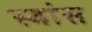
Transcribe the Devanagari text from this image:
स्वांस